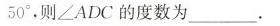
5 0°$$。则∠ADC的度数为___。